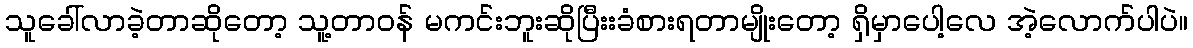
သူခေါ်လာခဲ့တာဆိုတော့ သူ့တာဝန် မကင်းဘူးဆိုပြီးးခံစားရတာမျိုးတော့ ရှိမှာပေါ့လေ အဲ့လောက်ပါပဲ။